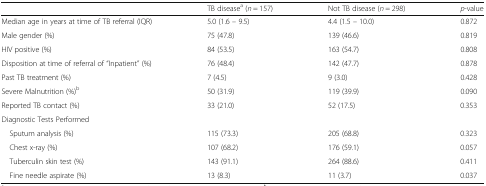
<table><thead><tr><td></td><td><b>TB disease<sup>a</sup> (<i>n</i> = 157)</b></td><td><b>Not TB disease (<i>n</i> = 298)</b></td><td><b><i>p</i>-value</b></td></tr></thead><tbody><tr><td>Median age in years at time of TB referral (IQR)</td><td>5.0 (1.6 – 9.5)</td><td>4.4 (1.5 – 10.0)</td><td>0.872</td></tr><tr><td>Male gender (%)</td><td>75 (47.8)</td><td>139 (46.6)</td><td>0.819</td></tr><tr><td>HIV positive (%)</td><td>84 (53.5)</td><td>163 (54.7)</td><td>0.808</td></tr><tr><td>Disposition at time of referral of “Inpatient” (%)</td><td>76 (48.4)</td><td>142 (47.7)</td><td>0.878</td></tr><tr><td>Past TB treatment (%)</td><td>7 (4.5)</td><td>9 (3.0)</td><td>0.428</td></tr><tr><td>Severe Malnutrition (%)<sup>b</sup></td><td>50 (31.9)</td><td>119 (39.9)</td><td>0.090</td></tr><tr><td>Reported TB contact (%)</td><td>33 (21.0)</td><td>52 (17.5)</td><td>0.353</td></tr><tr><td colspan="4">Diagnostic Tests Performed</td></tr><tr><td> Sputum analysis (%)</td><td>115 (73.3)</td><td>205 (68.8)</td><td>0.323</td></tr><tr><td> Chest x-ray (%)</td><td>107 (68.2)</td><td>176 (59.1)</td><td>0.057</td></tr><tr><td> Tuberculin skin test (%)</td><td>143 (91.1)</td><td>264 (88.6)</td><td>0.411</td></tr><tr><td> Fine needle aspirate (%)</td><td>13 (8.3)</td><td>11 (3.7)</td><td>0.037</td></tr></tbody></table>